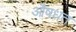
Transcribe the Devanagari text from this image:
औषधत